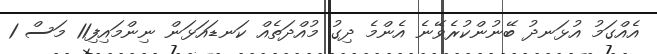
އެއްގަމު އުޅަނދު ބޭނުންކުރެވޭނެ އެންމެ ދިގު މުއްދަތެއް ކަނޑައަޅަން ނިންމައިފި11 މަސް 1